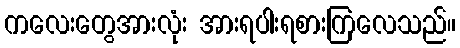
ကလေးတွေအားလုံး အားရပါးရစားကြလေသည်။